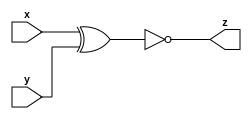
/*Taken from 2015 midterm question 4

Circuit B can be described by the following simulation waveform:*/
module top_module ( input x, input y, output z );
    assign z=~(x^y);
endmodule